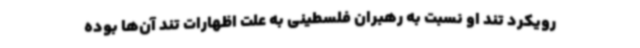
رویکرد تند او نسبت به رهبران فلسطینی به علت اظهارات تند آن‌ها بوده